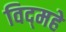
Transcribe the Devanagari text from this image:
विद्‌महे